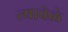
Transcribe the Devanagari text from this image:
त्यावेळे